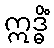
ဣဒ္ဓိံ